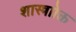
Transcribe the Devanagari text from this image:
शास्त्राोक्त